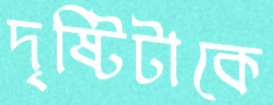
দৃষ্টিটাকে